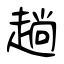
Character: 趟